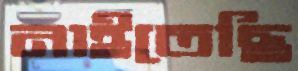
নাইতেছি